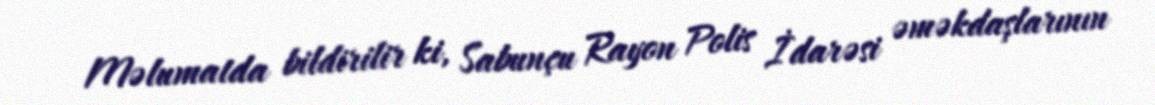
Məlumatda bildirilir ki, Sabunçu Rayon Polis İdarəsi əməkdaşlarının